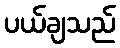
ပယ်ချသည်